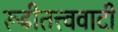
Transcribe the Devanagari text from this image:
रूढीतत्त्ववादी